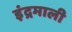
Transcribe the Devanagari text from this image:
इंद्रमाली